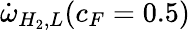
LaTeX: \dot{\omega}_{H_{2},L}(c_{F}=0.5)